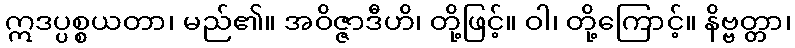
ဣဒပ္ပစ္စယတာ၊ မည်၏။ အဝိဇ္ဇာဒီဟိ၊ တို့ဖြင့်။ ဝါ၊ တို့ကြောင့်။ နိဗ္ဗတ္တာ၊